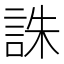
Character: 誅